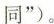
同”)。